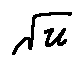
\sqrt { u }